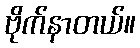
ဗိုက်နာတယ်။